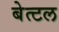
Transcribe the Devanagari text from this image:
बेत्टल